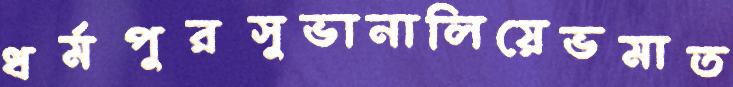
ধর্মপুরসুভানালিয়েভমাত